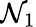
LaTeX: \mathcal{N}_{1}